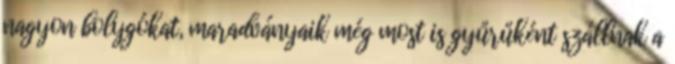
nagyon bolygókat, maradványaik még most is gyűrűként szállnak a